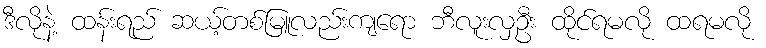
ဒီလိုနဲ့ ထန်းရည် ဆယ့်တစ်မြူလည်းကျရော ဘီလူးလှဦး ထိုင်ရမလို ထရမလို